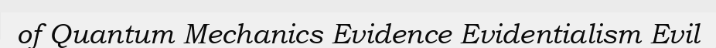
of Quantum Mechanics Evidence Evidentialism Evil